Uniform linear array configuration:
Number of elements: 24
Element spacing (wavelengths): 0.25
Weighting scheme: binomial
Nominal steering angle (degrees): -45
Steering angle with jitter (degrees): -45.968
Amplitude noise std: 0.05
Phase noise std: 0.05

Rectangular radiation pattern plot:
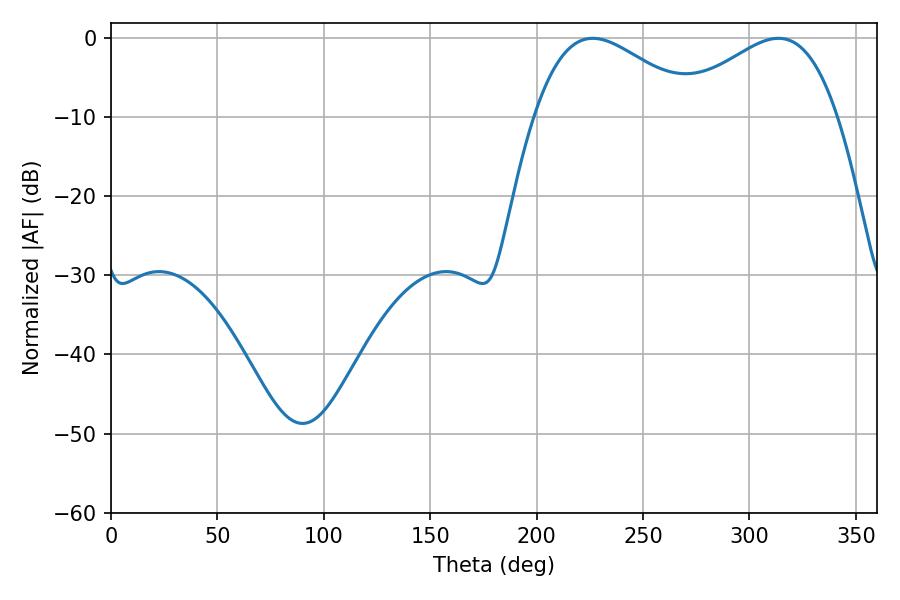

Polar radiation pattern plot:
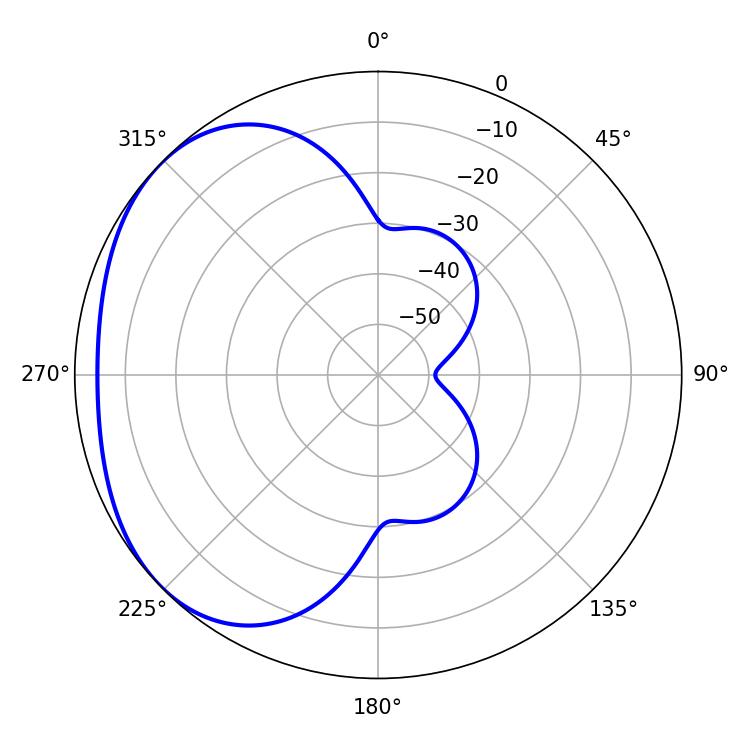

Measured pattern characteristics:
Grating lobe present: FALSE
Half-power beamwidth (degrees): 41.58
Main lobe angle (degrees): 313.56